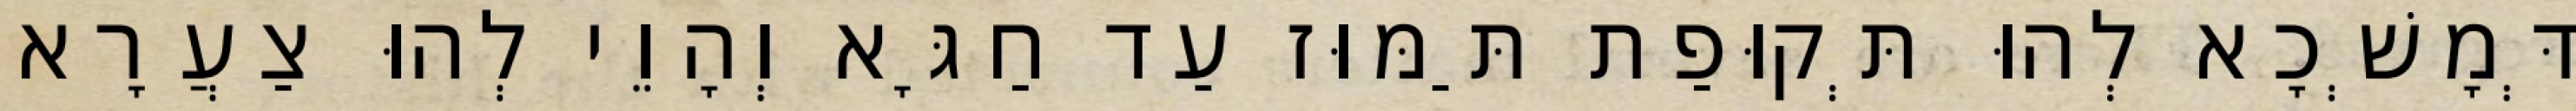
דְּמָשְׁכָא לְהוּ תְּקוּפַת תַּמּוּז עַד חַגָּא וְהָוֵי לְהוּ צַעֲרָא